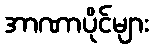
အာဏာပိုင်များ